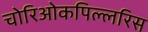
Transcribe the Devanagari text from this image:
चोरिओकपिल्लरिस